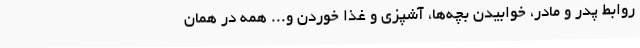
روابط پدر و مادر، خوابیدن بچه‌ها، آشپزی و غذا خوردن و... همه در همان